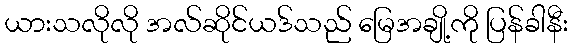
ယားသလိုလို အလ်ဆိုင်ယဒ်သည် မြေအချို့ကို ပြန်ခါနီး